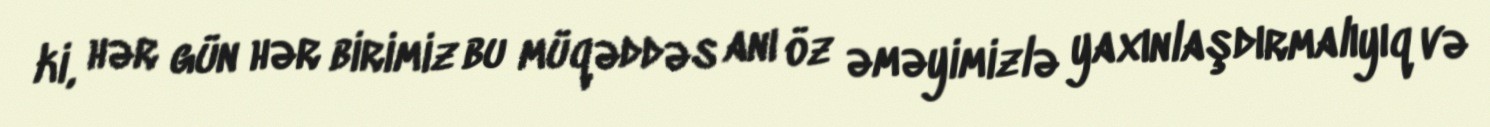
ki, hər gün hər birimiz bu müqəddəs anı öz əməyimizlə yaxınlaşdırmalıyıq və